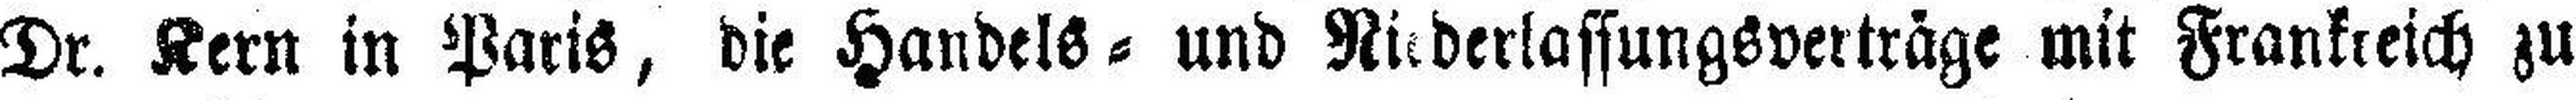
Dr. Kern in Paris, die Handels= und Niederlassungsverträge mit Frankreich zu